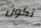
تكون